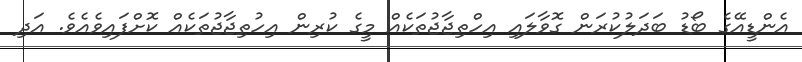
އެންޑީއޭގެ ބޯޑު ބަދަލުކުރަން ގޮވާލައި އިހްތިޖާޖުތަކެއް މީގެ ކުރިން އިހުތިޖާޖުތަކެއް ކޮށްފައިވެއެވެ. އަދި